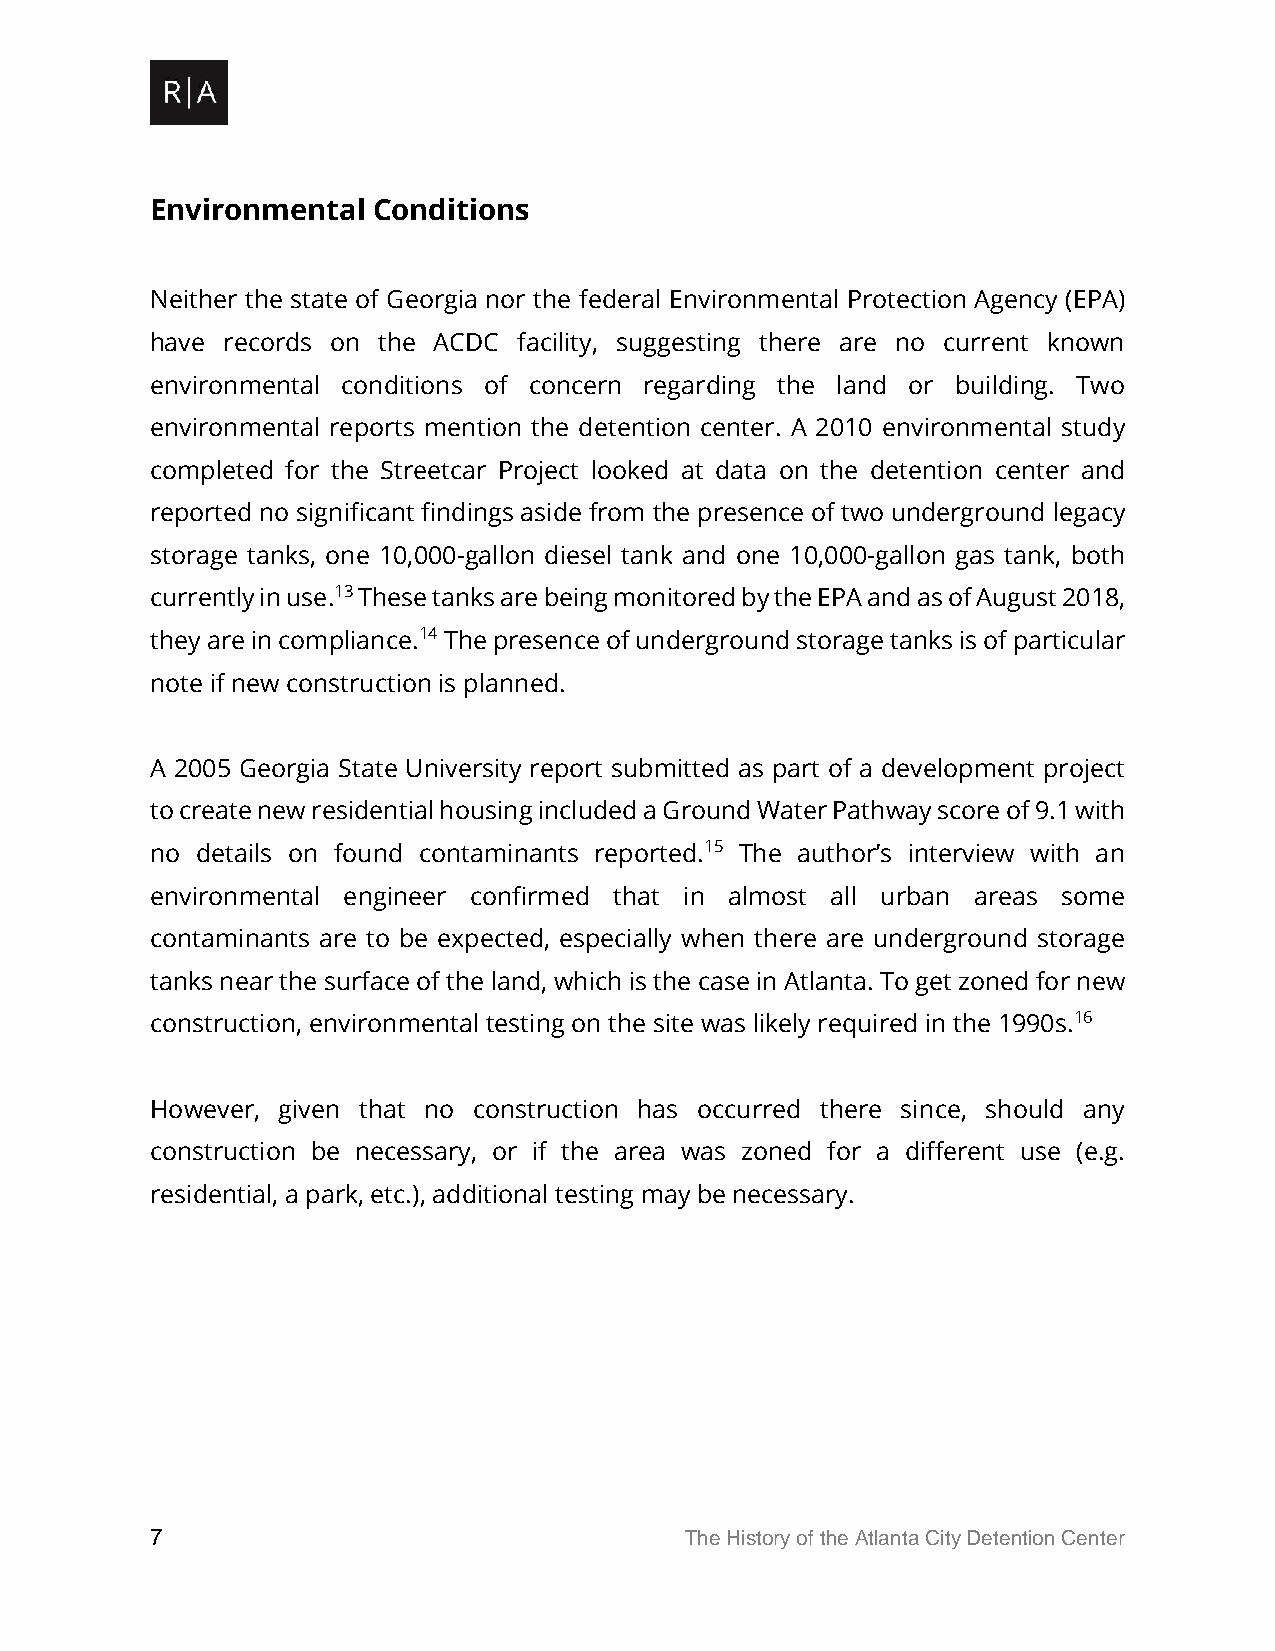
Environmental  Conditions
 Neither the state of Georgia nor the federal Environmental Protection Agency (EPA)
 have records on the ACDC facility, suggesting there are no current known
 environmental conditions of concern regarding the land or building. Two
 environmental reports mention the detention center. A 2010 environmental study
 completed for the Streetcar Project looked at data on the detention center and
 reported no significant findings aside from the presence of two underground legacy
 storage tanks, one 10,000-gallon diesel tank and one 10,000-gallon gas tank, both
 currently in use.13 These tanks are being monitored by the EPA and as of August 2018,
 they are in compliance.14 The presence of underground storage tanks is of particular
 note if new construction is planned.
 A 2005 Georgia State University report submitted as part of a development project
 to create new residential housing included a Ground Water Pathway score of 9.1 with
 no details on found contaminants reported.15 The author’s interview with an
 environmental engineer confirmed that in almost all urban areas some
 contaminants are to be expected, especially when there are underground storage
 tanks near the surface of the land, which is the case in Atlanta. To get zoned for new
 construction, environmental testing on the site was likely required in the 1990s.16
 However, given that no construction has occurred there since, should any
 construction be necessary, or if the area was zoned for a different use (e.g.
 residential, a park, etc.), additional testing may be necessary.
 7                                  The History of the Atlanta City Detention Center